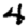
Digit: 4